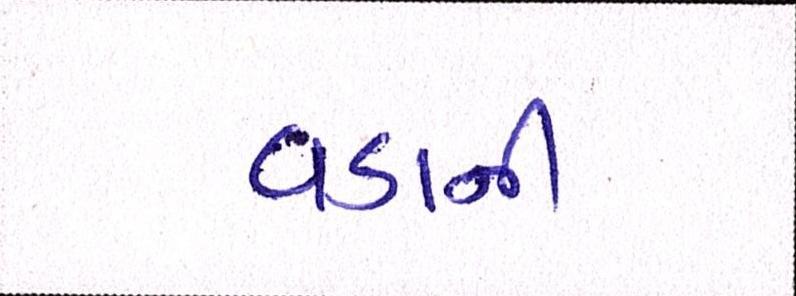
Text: વડાની